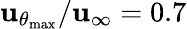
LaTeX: \mathbf{u}_{\theta_{\mathrm{{max}}}}/\mathbf{u}_{\infty}=0.7